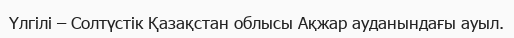
Үлгілі – Солтүстік Қазақстан облысы Ақжар ауданындағы ауыл.